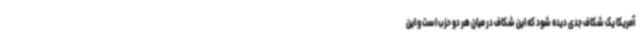
آمریکا یک شکاف جدی دیده شود که این شکاف در میان هر دو حزب است و این